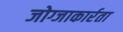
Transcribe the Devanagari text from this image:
जोग्जाकार्रता